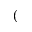
(